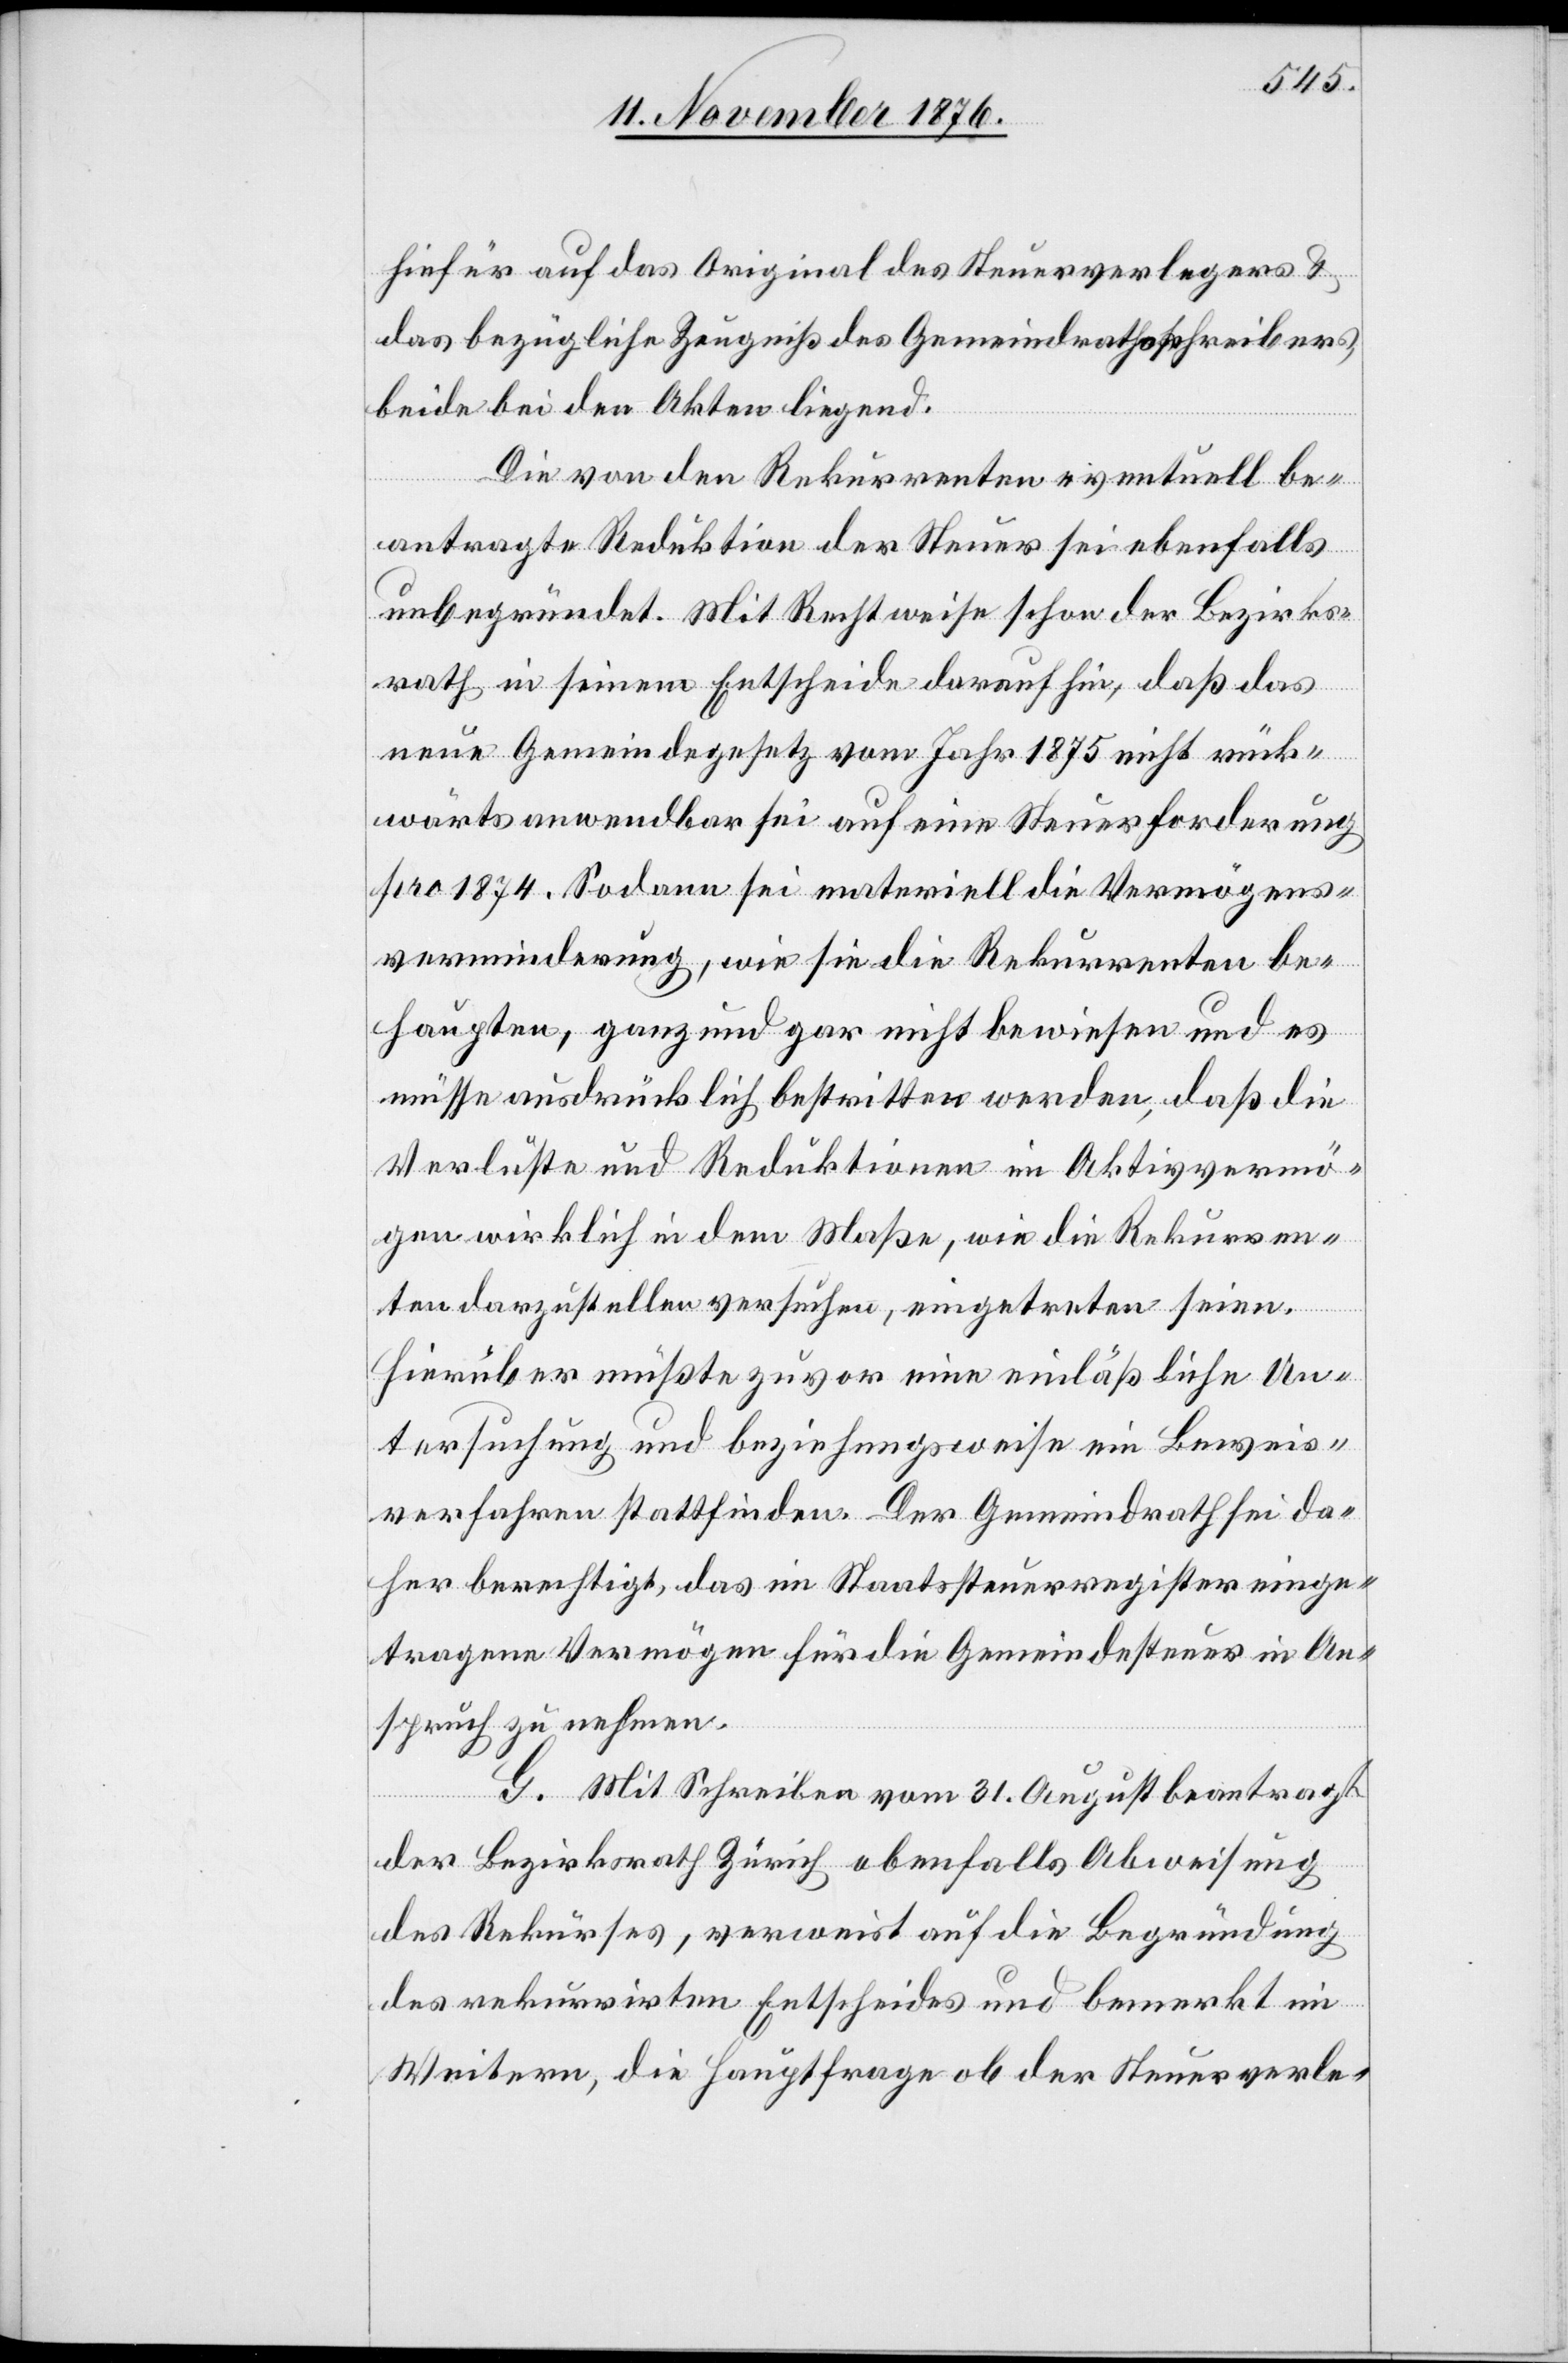
hierfür auf das Original des Steuerverlegers &
das bezügliche Zeugniß des Gemeindrathsschreibers,
beide bei den Akten liegend.
Die von den Rekurrenten eventuell be¬
antragte Reduktion der Steuer sei ebenfalls
unbegründet. Mit Recht weise schon der Bezirks¬
rath in seinem Entscheide darauf hin, daß das
im
neuen Gemeindegesetz vom Jahr 1875 nicht rück¬
wärts anwendbar sie auf eine Steuerforderung
pro 1874. Sodann sei materiell die Vermögens¬
verminderung, wie sie die Rekurrenten be¬
haupten, ganz und gar nicht bewiesen und es
müsse ausdrücklich bestritten werden, daß die
gen wirklich in dem Maße, wie die Rekurren¬
Aktivvermö¬
ten darzustellen versuchen, eingetreten seien.
Hierüber müßte zuvor eine einläßliche Un¬
tersuchung und beziehungsweise ein Beweis¬
verfahren stattfinden. Der Gemeindrath sei da¬
her berechtigt, das im Staatssteuerregister einge¬
tragene Vermögen für die Gemeindesteuer in An¬
spruch zu nehmen.
G. Mit Schreiben vom 31. August beantragt
der Bezirksrath Zürich ebenfalls Abweisung
des Rekurses, verweist auf die Begründung
des rekurrirten Entscheides und bemerkt im
Weitern, die Hauptfrage ob der Steuerverle-